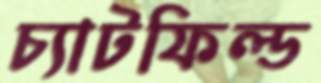
চ্যাটফিল্ড